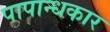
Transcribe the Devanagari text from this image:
पापान्धकार